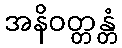
အနိဝတ္တန္တံ